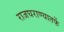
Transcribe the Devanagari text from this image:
राजघराण्यातर्फे